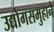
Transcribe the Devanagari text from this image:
उद्योगसमुहाने